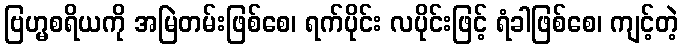
ဗြဟ္မစရိယကို အမြဲတမ်းဖြစ်စေ၊ ရက်ပိုင်း လပိုင်းဖြင့် ရံခါဖြစ်စေ၊ ကျင့်တဲ့